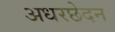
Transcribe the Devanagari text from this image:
अधरछेदन